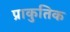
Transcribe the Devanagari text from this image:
प्राकुतिक